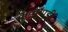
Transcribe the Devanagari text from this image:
कूच्चुप्पुडी